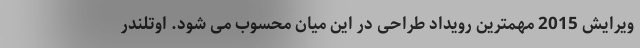
ویرایش 2015 مهمترین رویداد طراحی در این میان محسوب می شود. اوتلندر